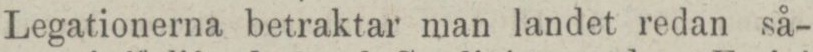
Legationerna betraktar man landet redan så-